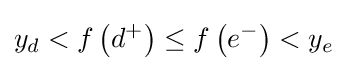
y_{d}<f\left(d^{+}\right)\leq f\left(e^{-}\right)<y_{e}